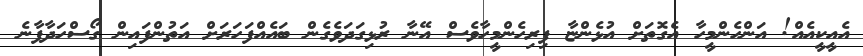
އެއީކީއެއް! އަންހެންމީހާ އެގޮތަށް އުޅެންޏާ ފިރިހެންމީހާވެސް އޭނާ ރުޅިގަދަވެގެން ބައެއްފަހަރަށް އަތުންފައިން ގޯސްހަދާފާނެ